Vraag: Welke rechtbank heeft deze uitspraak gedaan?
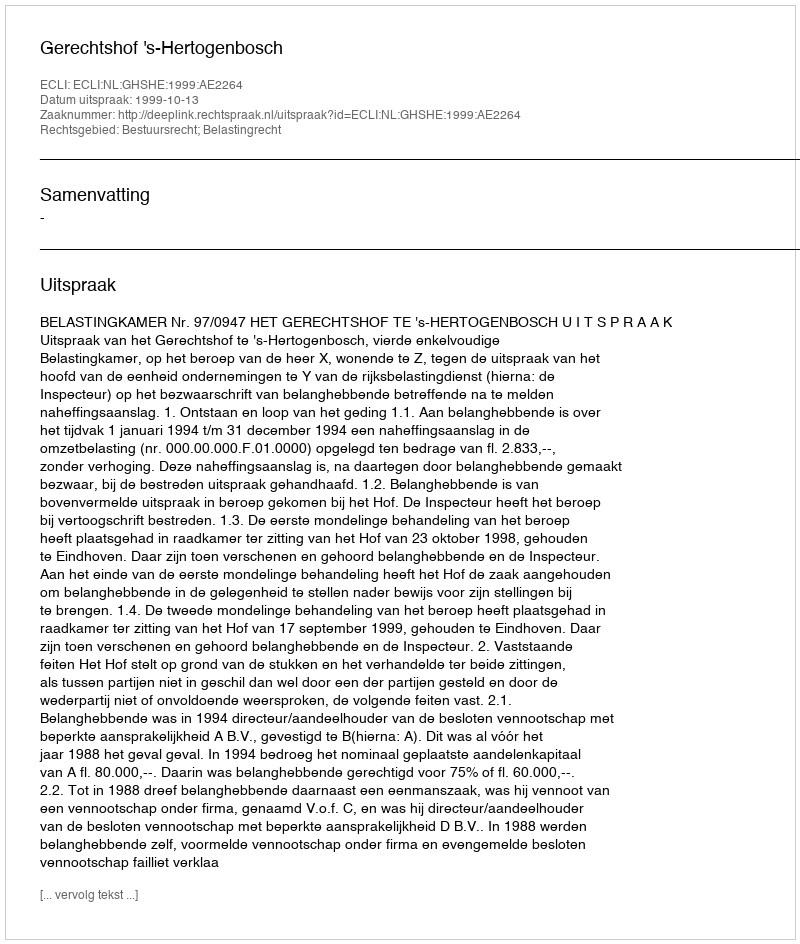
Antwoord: Gerechtshof 's-Hertogenbosch